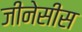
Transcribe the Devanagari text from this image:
जीनेसीस